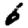
Digit: 6